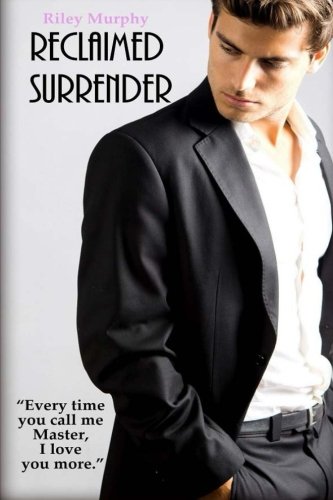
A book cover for Reclaimed Surrender (Trust In Me) (Volume 1); Riley Murphy; Romance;